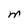
Character: M